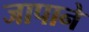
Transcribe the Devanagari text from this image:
जापाने